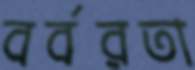
বর্বরতা